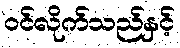
ဝင်လိုက်သည်နှင့်